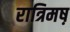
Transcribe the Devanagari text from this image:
रात्रिमष़